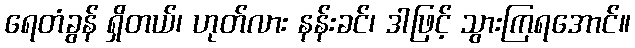
ရေတံခွန် ရှိတယ်၊ ဟုတ်လား နန်းခင်၊ ဒါဖြင့် သွားကြရအောင်။